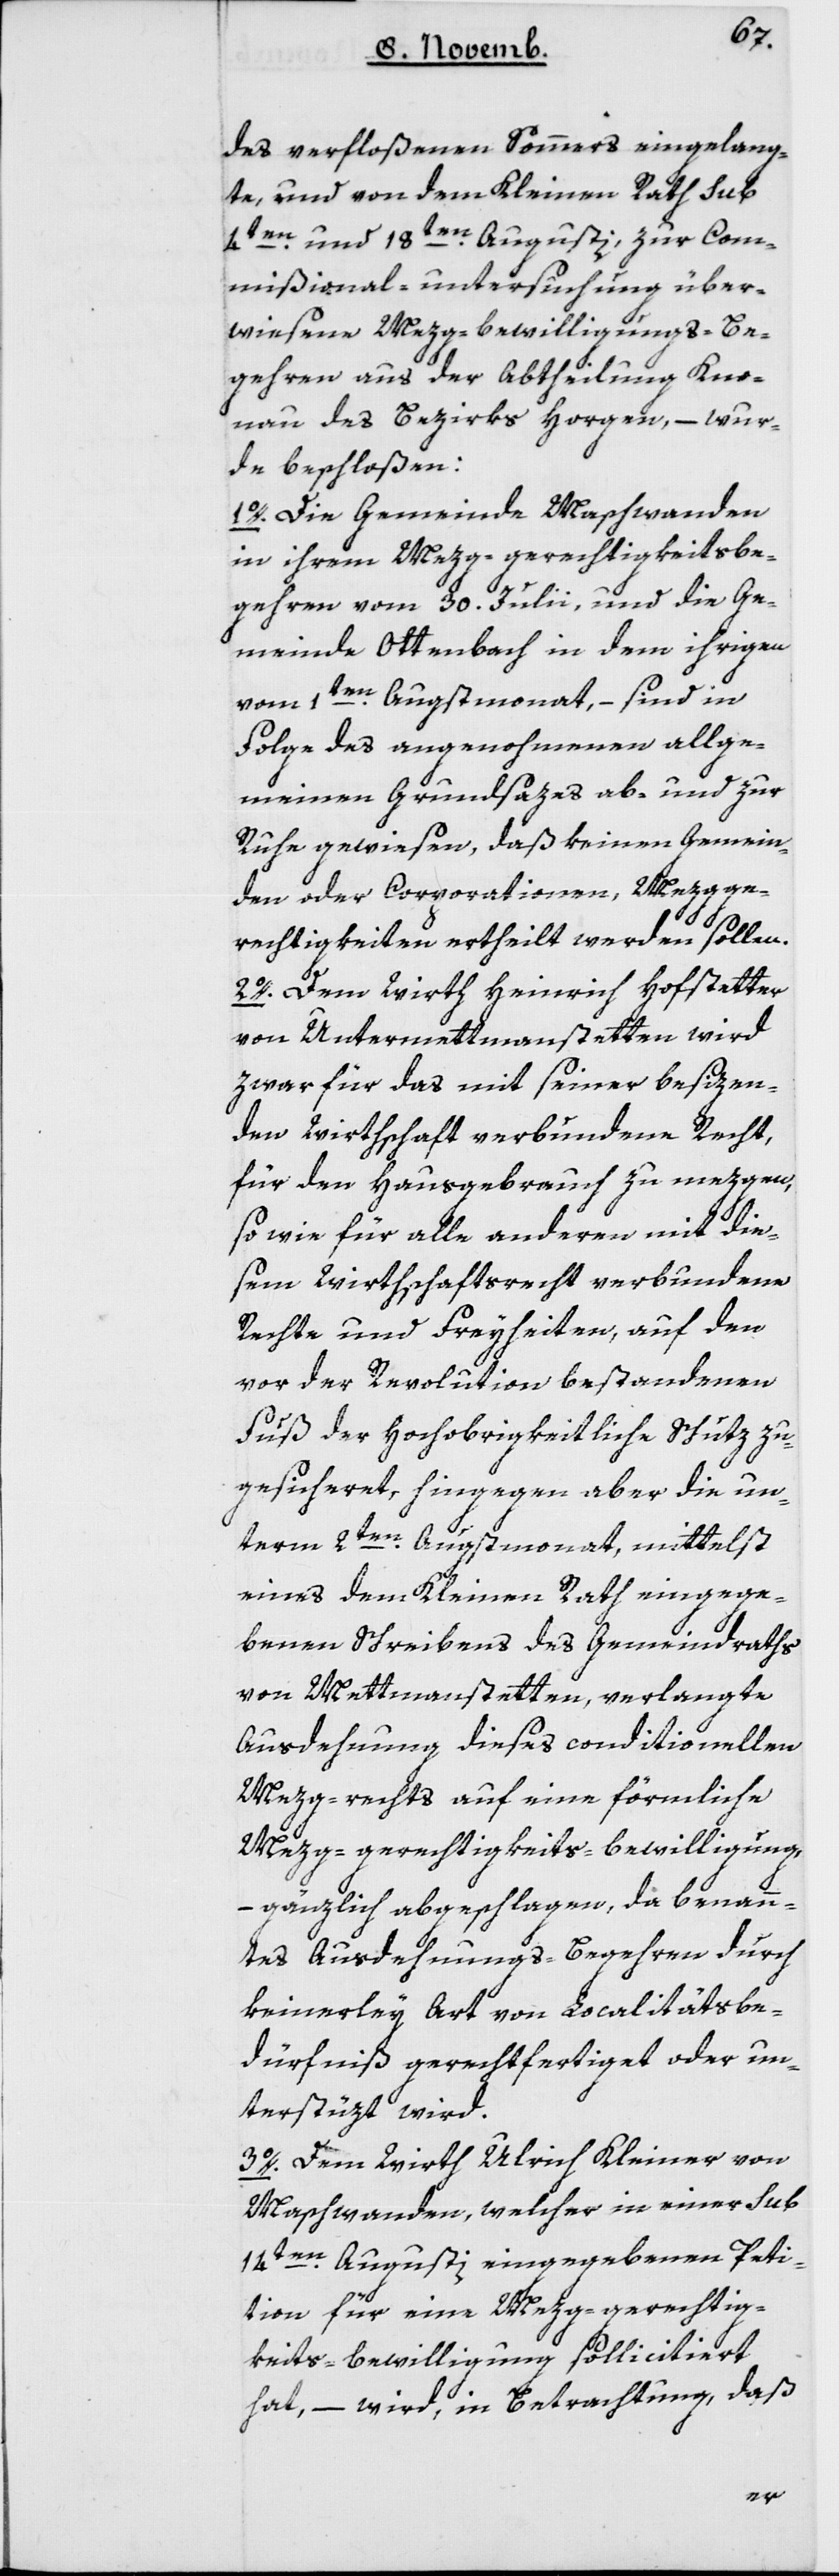
des verfloßenen Sommers eingelang¬
te, und von dem Kleinen Rath sub
4ten und 18ten Augusti zur Com¬
mißional-Untersuchung über¬
wiesene Mezg-bewilligungs-Be¬
gehren aus der Abtheilung Kno¬
nau des Bezirks Horgen, – wur¬
de beschloßen:
1. Die Gemeinde Maschwanden
in ihrem Mezggerechtigkeits-Be¬
gehren vom 30ten Julii und die Ge¬
meinde Ottenbach in dem ihrigen
vom 1ten Augstmonat, – sind in
Folge des angenohmenen allge¬
meinen Grundsazes ab- und zur
Ruhe gewiesen, daß keinen Gemein¬
den oder Corporationen Mezgge¬
rechtigkeiten ertheilt werden sollen.
2. Dem Wirth Heinrich Hofstetter
von Untermettmanstetten wird
zwar für das mit seiner besizen¬
den Wirthschaft verbundene Recht,
für den Hausgebrauch zu mezgen,
so wie für alle anderen mit die¬
sem Wirthschaftsrecht verbundene
Rechte und Freyheiten, auf den
vor der Revolution bestandenen
Fuß der Hochobrigkeitliche Schutz zu¬
gesicheret, hingegen aber die un¬
term 2ten Augstmonat, mittelst
eines dem Kleinen Rath eingege¬
benen Schreibens des Gemeindraths
von Mettmenstetten, verlangte
Ausdehung dieses conditionellen
Mezg-rechts auf eine förmliche
Mezg-gerechtigkeits-Bewilligung,
– gänzlich abgeschlagen, da benan¬
ntes Ausdehungs-Begehren durch
keinerley Art von Localitätsbe¬
dürfniß gerechtfertiget oder un¬
terstützt wird.
3. Dem Wirth Ulrich Kleiner von
Maschwanden, welcher in einer sub
14ten Augusti eingegebenen Peti¬
tion für eine Mezg-gerechtig¬
keits-Bewilligung sollicitiert
hat, – wird in Betrachtung, daß